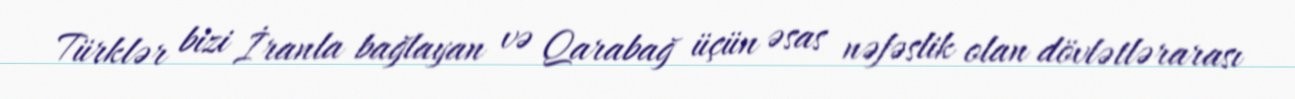
Türklər bizi İranla bağlayan və Qarabağ üçün əsas nəfəslik olan dövlətlərarası